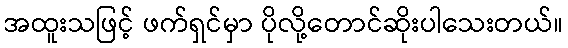
အထူးသဖြင့် ဖက်ရှင်မှာ ပိုလို့တောင်ဆိုးပါသေးတယ်။